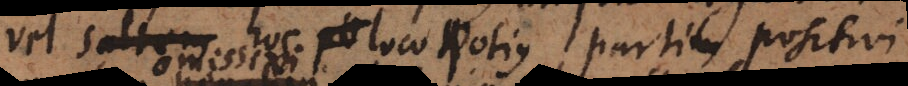
vel hoc loco potius partim positivi